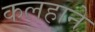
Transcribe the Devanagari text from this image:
कलहाने